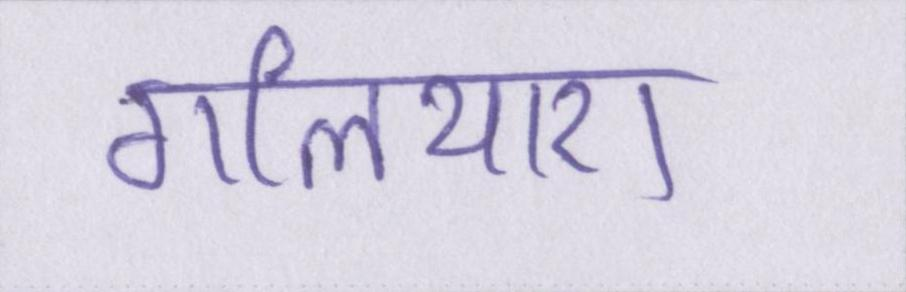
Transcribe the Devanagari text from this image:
गलियारा